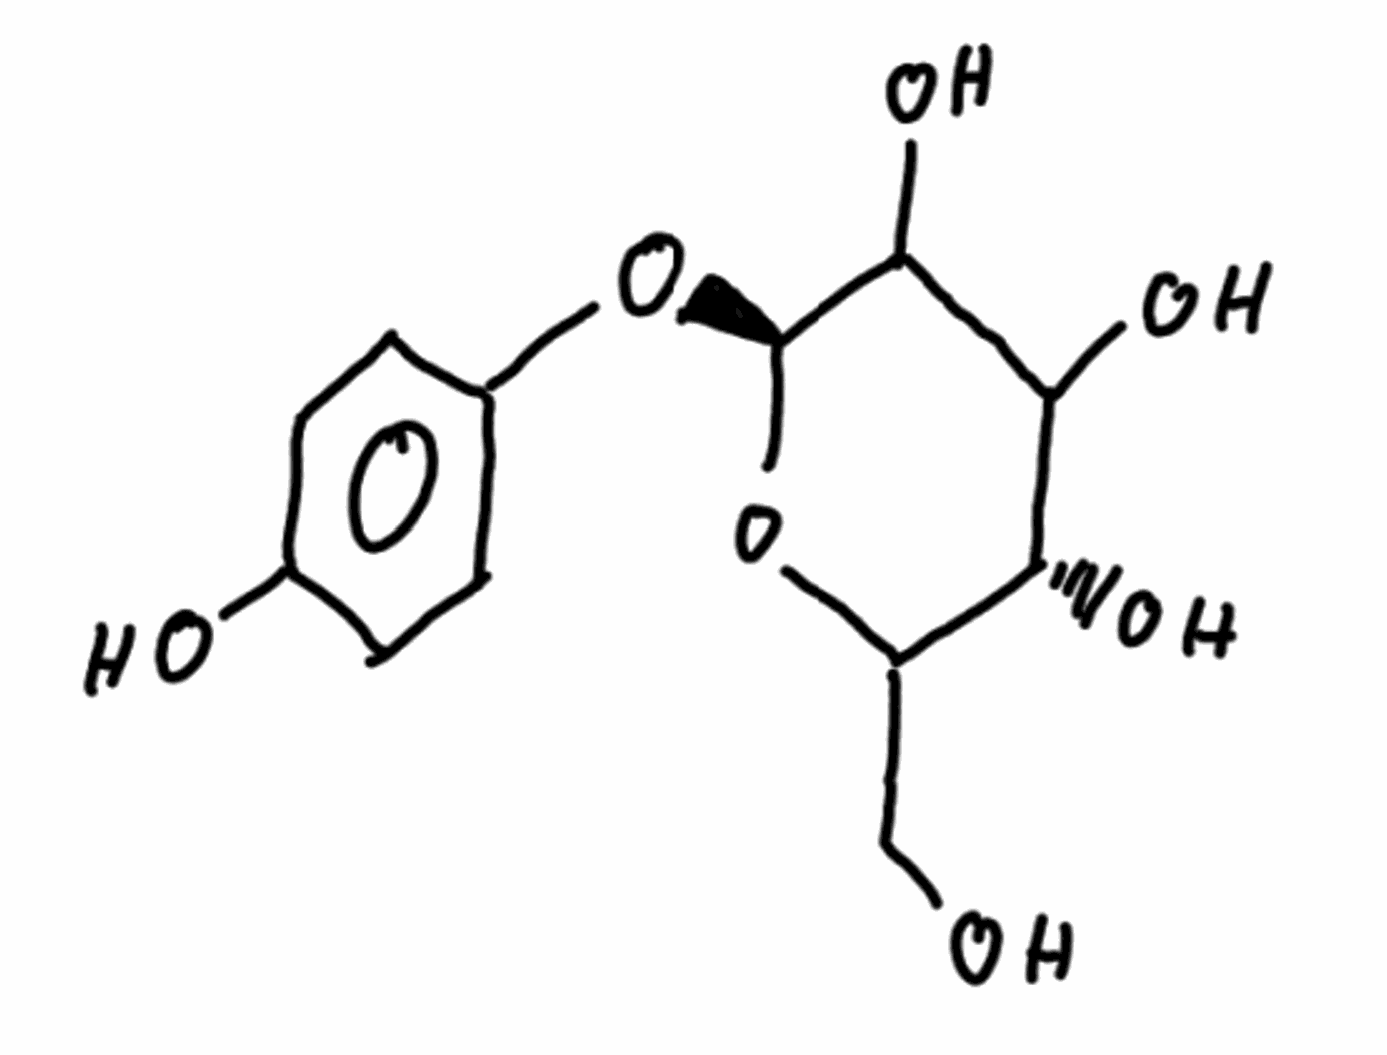
Simplified molecular-input line-entry system (SMILES) notation of the given molecule:
C1=CC(=CC=C1O)O[C@H]2C(C([C@@H](C(O2)CO)O)O)O